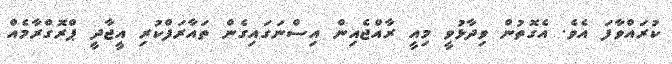
ކުރައްވާފަ އެވެ. އެގޮތުން ވިދާޅުވީ މިއީ ރާއްޖެއިން އިސްނަގައިގެން ތައާރަފްކުރި އީޖާދީ ޕްރޮގްރާމެއް